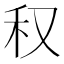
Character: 𥝐